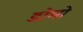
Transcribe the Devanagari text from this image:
डोमो